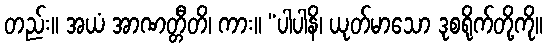
တည်း။ အယံ အာဏတ္တီတိ၊ ကား။ “ပါပါနိ၊ ယုတ်မာသော ဒုစရိုက်တို့ကို။